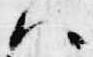
ハ